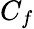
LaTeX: C_{f}